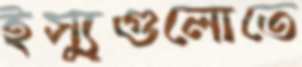
ইস্যুগুলোতে